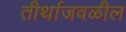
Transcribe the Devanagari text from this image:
तीर्थाजवळील